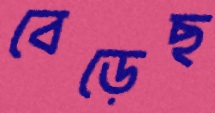
বেড়েছ